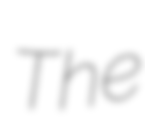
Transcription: The